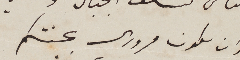
وان يكون مرورى بجنتكم